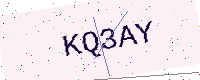
Text: KQ3AY